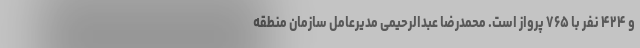
و ۴۲۴ نفر با ۷۶۵ پرواز است. محمدرضا عبدالرحیمی مدیرعامل سازمان منطقه